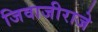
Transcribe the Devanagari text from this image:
जिवाजीराजे